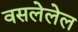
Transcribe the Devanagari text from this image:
वसलेलेल